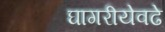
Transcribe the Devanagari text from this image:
घागरीयेवढे